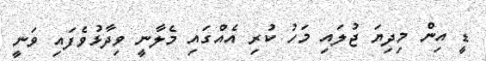
ޑީ އިން މިދިޔަ ޖުލައި މަހު ކުރި އެއްގައި މެލާނީ ވިދާޅުވެފައި ވަނީ